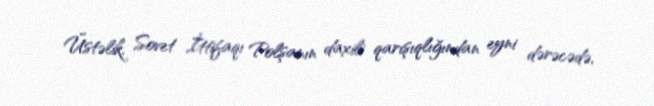
Üstəlik, Sovet İttifaqı Polşanın daxili qarışıqlığından eyni dərəcədə,